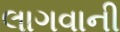
લાગવાની